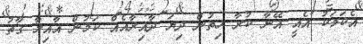
އެކަމަކު އެއީ އޭނާ ކުރާ ހިތުން ދިޔަ ދާއިރާއެއް ކަމުން އާއިލާ ގާތު